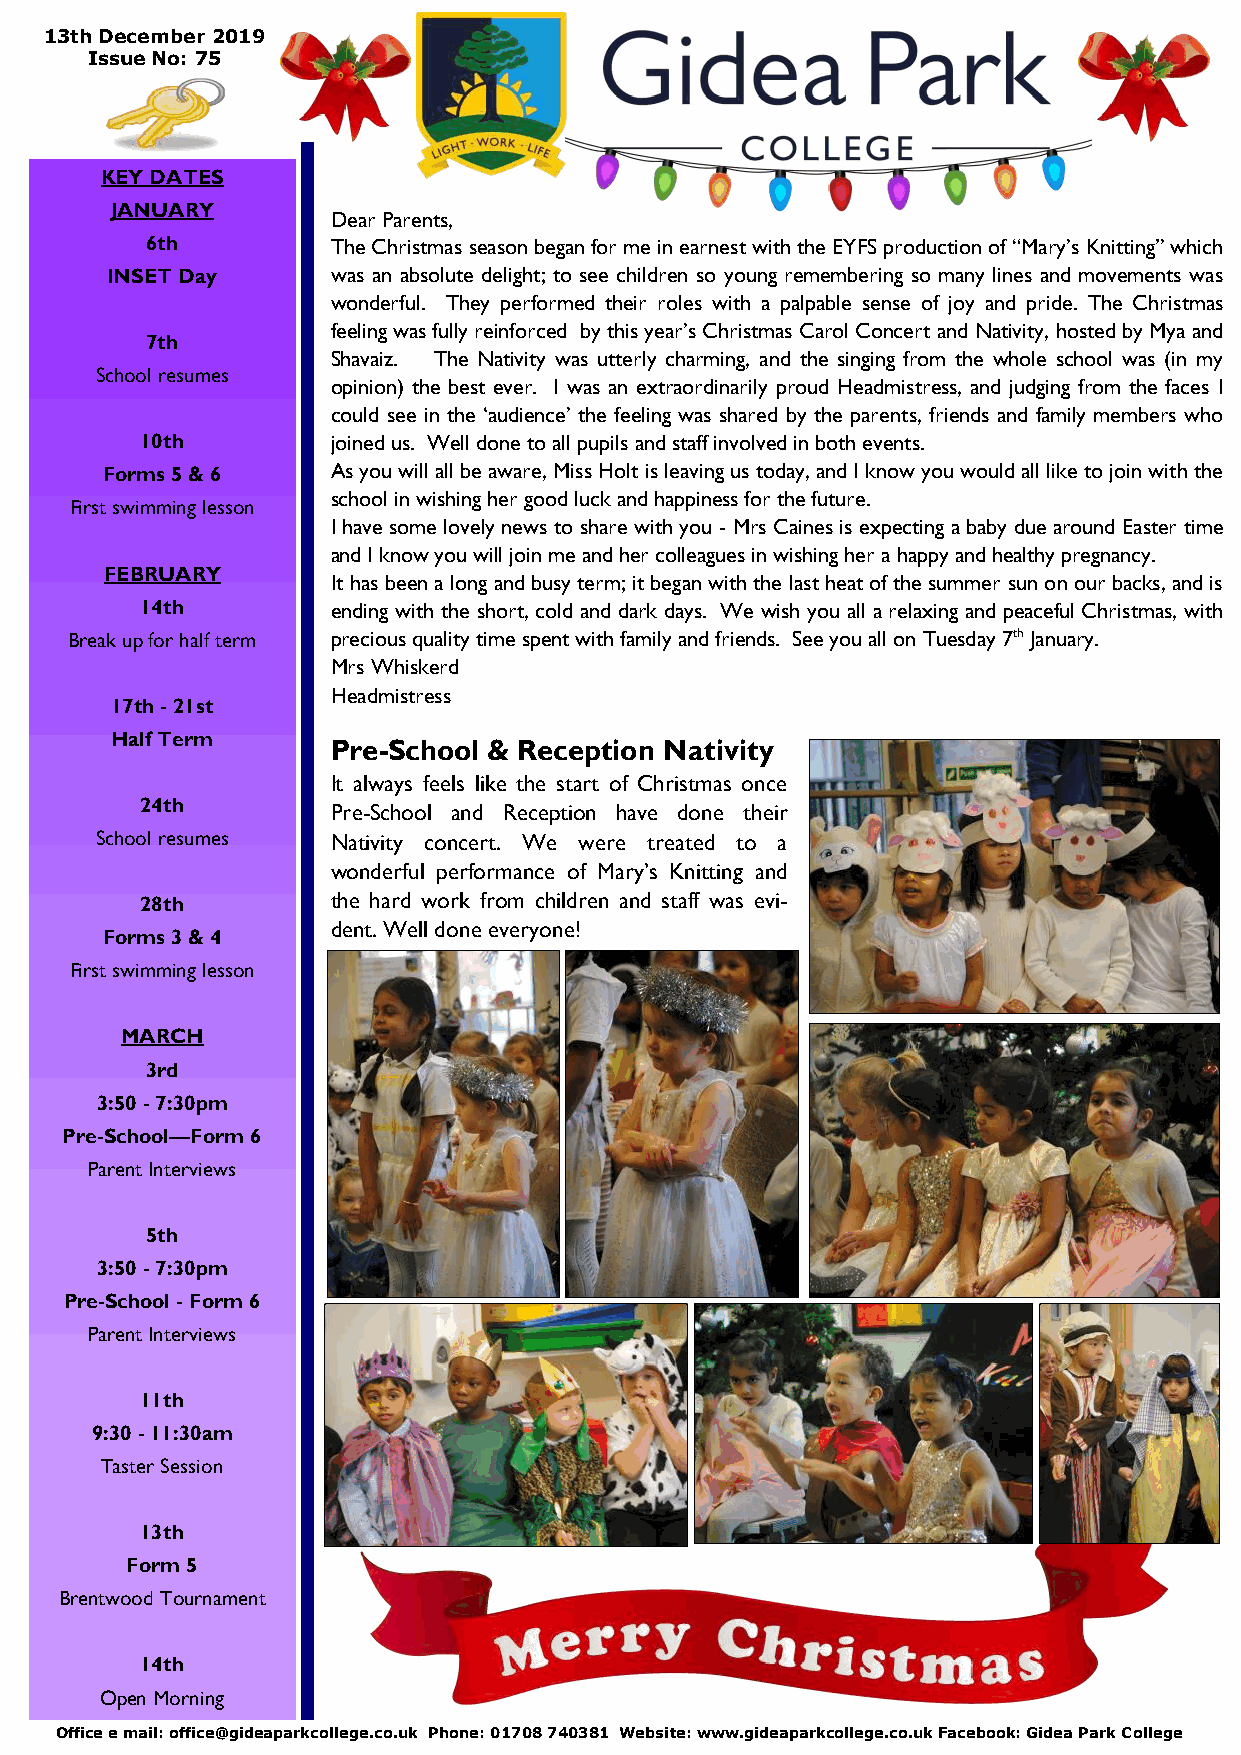
13th December 2019
 Issue No: 75
 KEY DATES
 JANUARY
 Dear Parents,
 6th         The Christmas season began for me in earnest with the EYFS production of “Mary’s Knitting” which
 INSET Day      was an absolute delight; to see children so young remembering so many lines and movements was
 wonderful. They performed their roles with a palpable sense of joy and pride. The Christmas
 feeling was fully reinforced by this year’s Christmas Carol Concert and Nativity, hosted by Mya and
 7th
 Shavaiz. The Nativity was utterly charming, and the singing from the whole school was (in my
 School resumes
 opinion) the best ever. I was an extraordinarily proud Headmistress, and judging from the faces I
 could see in the ‘audience’ the feeling was shared by the parents, friends and family members who
 10th         joined us. Well done to all pupils and staff involved in both events.
 Forms 5 & 6    As you will all be aware, Miss Holt is leaving us today, and I know you would all like to join with the
 school in wishing her good luck and happiness for the future.
 First swimming lesson
 I have some lovely news to share with you - Mrs Caines is expecting a baby due around Easter time
 and I know you will join me and her colleagues in wishing her a happy and healthy pregnancy.
 FEBRUARY
 It has been a long and busy term; it began with the last heat of the summer sun on our backs, and is
 14th         ending with the short, cold and dark days. We wish you all a relaxing and peaceful Christmas, with
 Break up for half term precious quality time spent with family and friends. See you all on Tuesday 7th January.
 Mrs Whiskerd
 Headmistress
 17th - 21st
 Half Term
 Pre-School & Reception Nativity
 It always feels like the start of Christmas once
 24th
 Pre-School and Reception have done their
 School resumes  Nativity concert. We were treated to a
 wonderful performance of Mary’s Knitting and
 28th         the hard work from children and staff was evi-
 dent. Well done everyone!
 Forms 3 & 4
 First swimming lesson
 MARCH
 3rd
 3:50 - 7:30pm
 Pre-School—Form 6
 Parent Interviews
 5th
 3:50 - 7:30pm
 Pre-School - Form 6
 Parent Interviews
 11th
 9:30 - 11:30am
 Taster Session
 13th
 Form 5
 Brentwood Tournament
 14th
 Open Morning
 Office e mail: office@gideaparkcollege.co.uk Phone: 01708 740381 Website: www.gideaparkcollege.co.uk Facebook: Gidea Park College